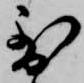
到